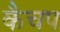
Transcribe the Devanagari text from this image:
कैचप